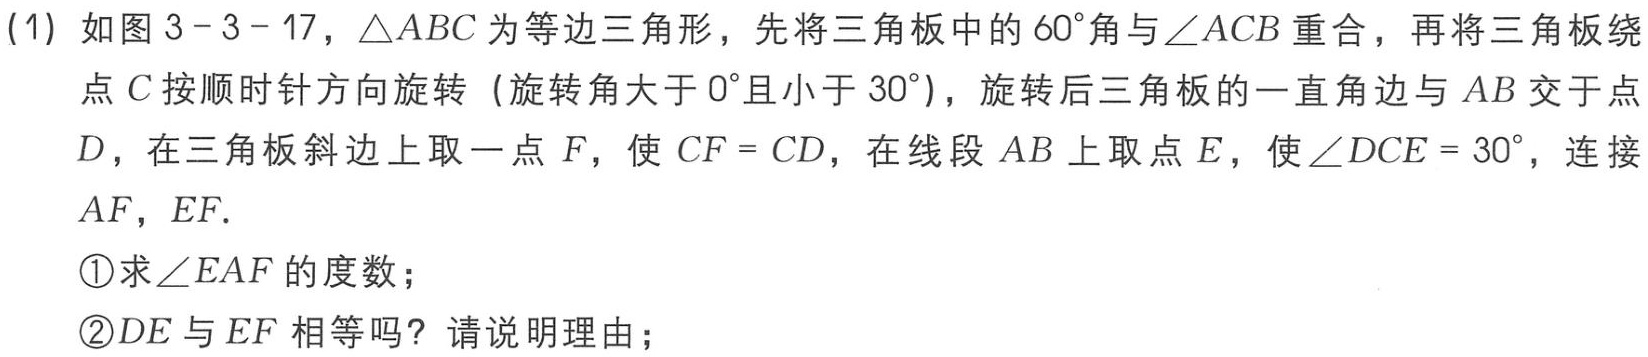
(1) 如图3 - 3 - 17，\(\triangle ABC\)为等边三角形，先将三角板中的\(60^{\circ}\)角与\(\angle ACB\)重合，再将三角板绕点\(C\)按顺时针方向旋转（旋转角大于\(0^{\circ}\)且小于\(30^{\circ}\)），旋转后三角板的一直角边与\(AB\)交于点\(D\)，在三角板斜边上取一点\(F\)，使\(CF = CD\)，在线段\(AB\)上取点\(E\)，使\(\angle DCE = 30^{\circ}\)，连接\(AF\)，\(EF\).

\textcircled{1}求\(\angle EAF\)的度数；

\textcircled{2}\(DE\)与\(EF\)相等吗？请说明理由；